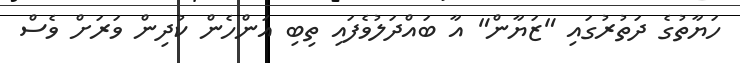
ހަޔާތުގެ ދަތުރުގައި "ޒަޔާން" އާ ބައްދަލުވެފައި ތިބި އަންހެން ކުދިން ވަރަށް ވެސް